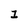
Character: 1